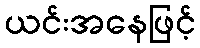
ယင်းအနေဖြင့်